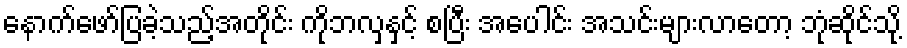
နောက်ဖော်ပြခဲ့သည့်အတိုင်း ကိုဘလှနှင့် စပြီး အပေါင်း အသင်းများလာတော့ ဘုံဆိုင်သို့